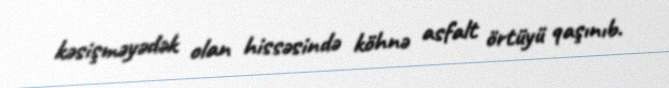
kəsişməyədək olan hissəsində köhnə asfalt örtüyü qaşınıb.